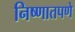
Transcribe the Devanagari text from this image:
निष्णातपणे